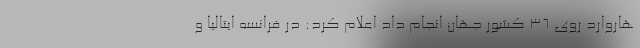
هاروارد روی ۳۶ کشور جهان انجام داد اعلام کرد: در فرانسه ایتالیا و